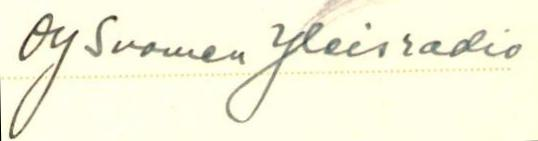
Oy Suomen Yleisradio